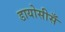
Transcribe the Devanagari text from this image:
डायोसीसँ